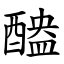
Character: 醠